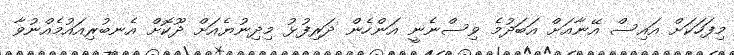
މިފަހަކަށް އައިސް އޭނާއަށް އަބަދުމެ ވިސްނެނީ އަންހެން ދަރިފުޅު މިދިނުޔެއަށް ދޫކޮށް އެނބުރިއައުމެއްނުވާ